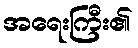
အရေးကြီး၏